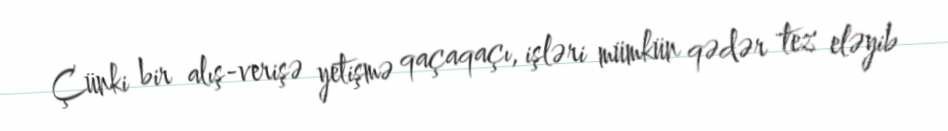
Çünki bir alış-verişə yetişmə qaçaqaçı, işləri mümkün qədər tez eləyib